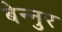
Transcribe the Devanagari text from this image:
बेन्नुर